Civil Veterinary Dept. Bombay admin report 1914-1922 - 1914-1922
Year: 1914
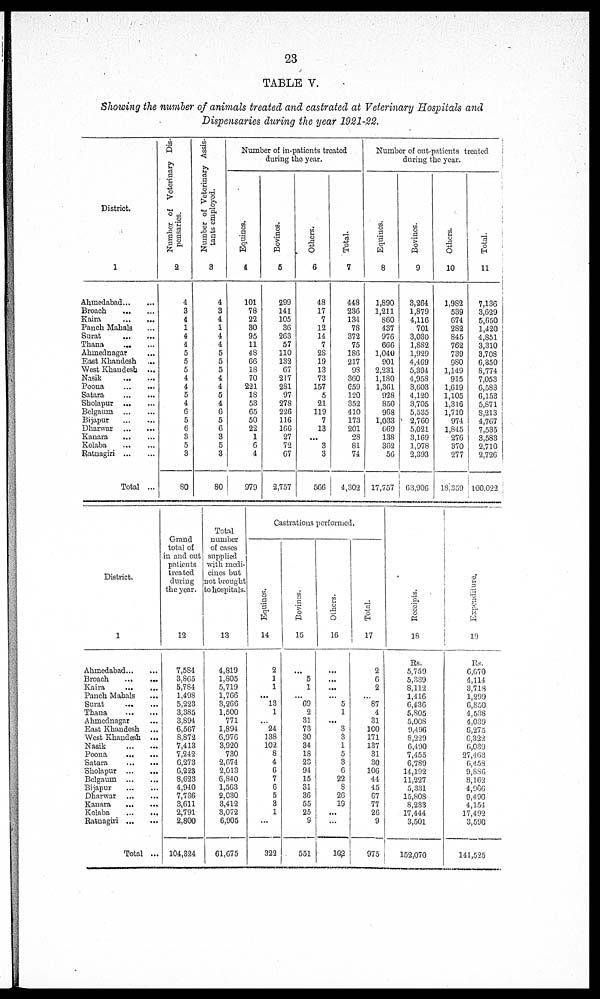
23
TABLE V.
Showing the number of animals treated and castrated at Veterinary Hospitals and
Dispensaries during the year 1921-22.
District.
1
Ahmedabad ... ...
Broach
...
...
Kaira
...
...
Panch Mahals ...
Surat
...
...
Thana
... ...
Ahmednagar ...
East Khandesh
...
West Khandesh ...
Nasik ... ...
Poona
...
...
Satara
...
...
Sholapur
...
...
Belgaum
...
...
Bijapur
...
...
Dharwar
...
...
Kanara
...
...
Kolaba
...
...
Ratnagiri
...
...
Total ...
Number of Veterinary Dis-
pensaries.
2
4
3
4
1
4
4
5
5
5
4
4
5
4
6
5
6
3
5
3
80
Number of Veterinary Assis-
tants employed.
3
4
3
4
1
4
4
5
5
5
4
4
5
4
6
5
6
3
5
3
80
Number of in-patients treated
during the year.
Equines.
4
101
78
22
30
95
11
48
66
18
70
221
18
53
65
50
22
1
6
4
979
Bovines.
5
299
141
105
36
263
57
110
132
67
217
281
97
278
226
116
166
27
72
67
2,757
Others.
6
48
17
7
12
14
7
28
19
13
73
157
5
21
119
7
13
...
3
3
566
Total.
7
448
236
134
78
372
75
186
217
98
360
659
120
352
410
173
201
28
81
74
4,302
Number of out-patients treated
during the year.
Equines.
8
1,890
1,211
860
437
976
666
1,040
901
2,231
1,180
1,361
928
850
968
1,033
669
138
362
56
17,757
Bovines.
9
3,264
1,879
4,116
701
3,030
1,882
1,929
4,469
5,394
4,958
3,603
4,120
3,705
5,535
2,760
5,021
3,169
1,978
2,393
63,906
Others.
10
1,982
539
674
282
845
762
739
980
1,149
915
1,619
1,105
1,316
1,710
974
1,845
276
370
277
18,359
Total.
11
7,136
3,629
5,650
1,420
4,851
3,310
3,708
6,350
8,774
7,053
6,583
6,153
5,871
8,213
4,767
7,535
3,583
2,710
2,726
100,022
District.
1
Ahmedabad ... ...
Broach
Kaira
...
...
Panch Mahals ...
Surat
...
...
Thana
...
...
Ahmednagar ...
East Khandesh ...
West Khandesh ...
Nasik
...
...
Poona
...
...
Satara
...
...
Sholapur
...
...
Belgaum
...
...
Bijapur
...
...
Dharwar
...
...
Kanara
...
...
Kolaba
...
...
Ratnagiri
...
...
Total ...
Grand
total of
in and out
patients
treated
during
the year.
12
7,584
3,865
5,784
1,498
5,223
3,385
3,894
6,567
8,872
7,413
7,242
6,273
6,223
8,623
4,940
7,736
3,611
2,791
2,800
104,324
Total
number
of cases
supplied
with medi-
cines but
not brought
to hospitals.
13
4,819
1,805
5,719
1,766
3,266
1,500
771
1,894
6,976
3,920
730
2,674
2,013
6,840
1,563
2,030
3,412
3,072
6,905
61,675
Castrations performed.
Equi nes .
14
2
1
1
...
13
1
...
24
138
102
8
4
6
7
6
5
3
1
...
322
Bovines.
15
...
5
1
...
69
2
31
73
30
34
18
23
94
15
31
36
55
25
9
551
Others.
16
...
...
...
...
5
1
...
3
3
1
5
3
6
22
8
26
19
...
...
102
Tot al .
17
2
6
2
...
87
4
31
100
171
137
31
30
106
44
45
67
77
26
9
975
Receipts.
18
Rs.
5,759
5,339
8,112
1,416
6,436
5,805
5,008
9,496
8,229
6,490
7,455
6,789
14,192
11,227
5,331
15,808
8,233
17,444
3,501
152,070
Expenditure.
19
Rs.
6,670
4,114
3,718
1,299
6,850
4,538
4,039
6,275
6,322
6,039
27,463
6,458
9,886
8,162
4,966
9,490
4,154
17,492
3,590
141,525